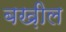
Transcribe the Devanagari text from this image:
बख़ील